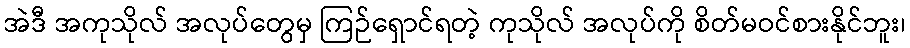
အဲဒီ အကုသိုလ် အလုပ်တွေမှ ကြဉ်ရှောင်ရတဲ့ ကုသိုလ် အလုပ်ကို စိတ်မဝင်စားနိုင်ဘူး၊